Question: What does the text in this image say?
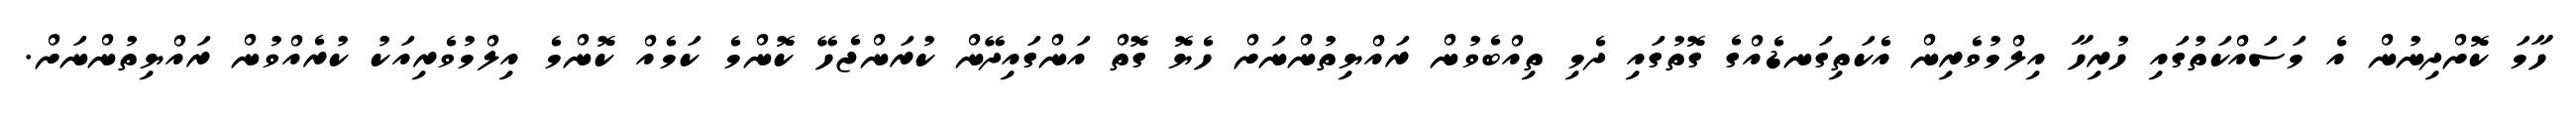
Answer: ހާމަ ކޮށްދިނުން އެ މަސައްކަތުގައި ހުރިހާ އިލްމުވެރިން އެކަތިގަނޑެއްގެ ގޮތުގައި ދެމި ތިއްބެވުން ރައްޔިތުންނަށް ހެޔޮ ގޮތް އަންގައިދޭން ކުރަންޖެހޭ ކޮންމެ ކަމެއް ކޮންމެ އިލްމުވެރިއަކު ކުރެއްވުން ރައްޔިތުންނަށް.